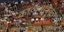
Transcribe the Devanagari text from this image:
काव्ययात्रेतून